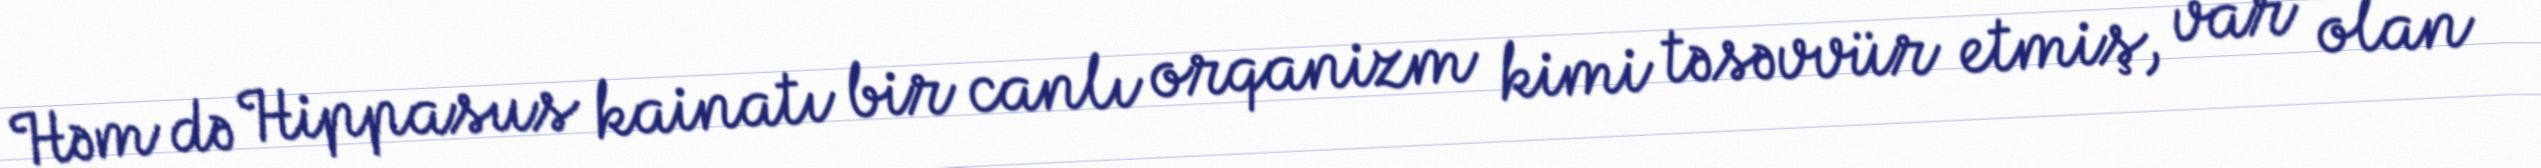
Həm də Hippasus kainatı bir canlı orqanizm kimi təsəvvür etmiş, var olan